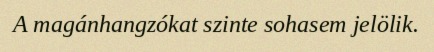
A magánhangzókat szinte sohasem jelölik.